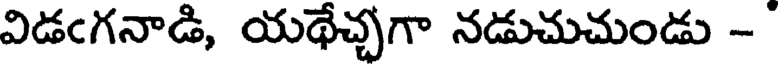
విడఁగనాడి, యథేచ్చగా నడుచుచుండు -